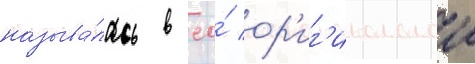
называ́лась в ео́ ор'иг'инальнои